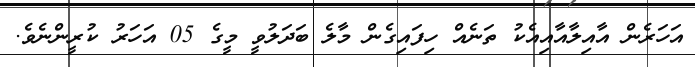
އަހަރެން އާއިލާއާއިއެކު ތަނެއް ހިފައިގެން މާލެ ބަދަލުވީ މީގެ 05 އަހަރު ކުރީންނެވެ.